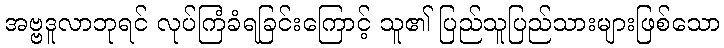
အဗ္ဗဒူလာဘုရင် လုပ်ကြံခံရခြင်းကြောင့် သူ၏ ပြည်သူပြည်သားများဖြစ်သော